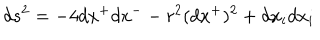
LaTeX: d s ^ { 2 } = - 4 d x ^ { + } d x ^ { - } - r ^ { 2 } ( d x ^ { + } ) ^ { 2 } + d x _ { i } d x _ { i }